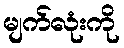
မျက်လုံးကို